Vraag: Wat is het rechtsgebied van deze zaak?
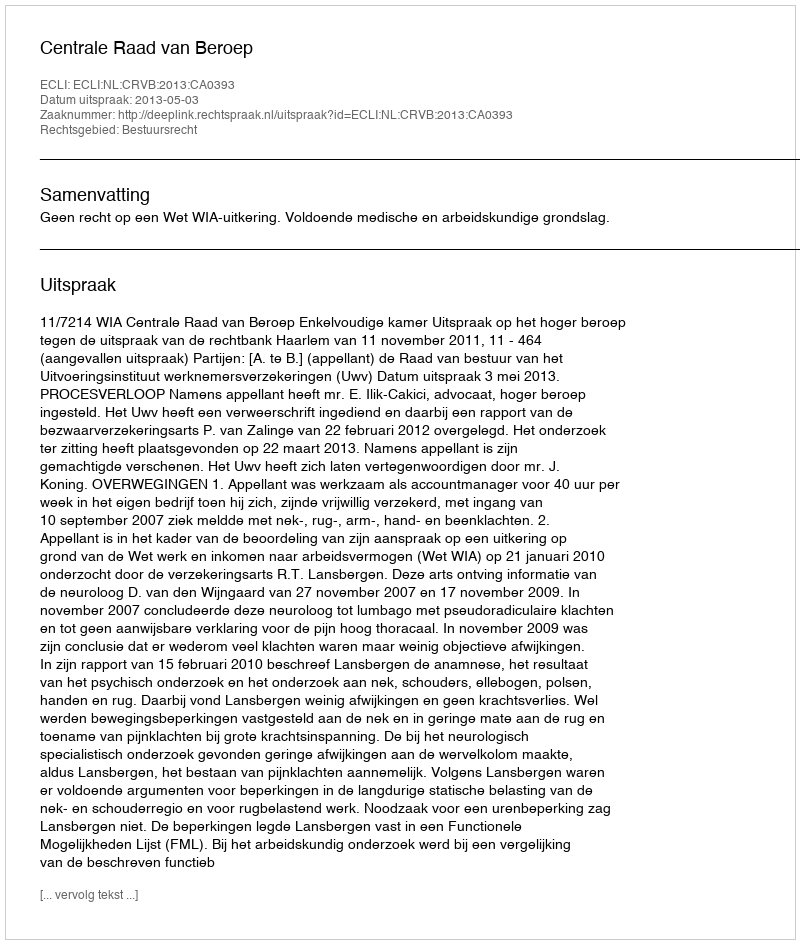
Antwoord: Bestuursrecht